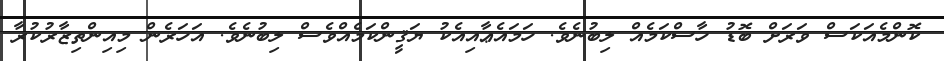
ކޮންމެއަކަސް ވަރަށް ބޮޑު ހާސްކަމެއް ލިބުނެވެ. ހަމައެޢާއިއެކު ޔަޤީންކަމެއްވެސް ލިބުނެވެ. އަހަރެން މިއިންތިޒާރުކުރާ